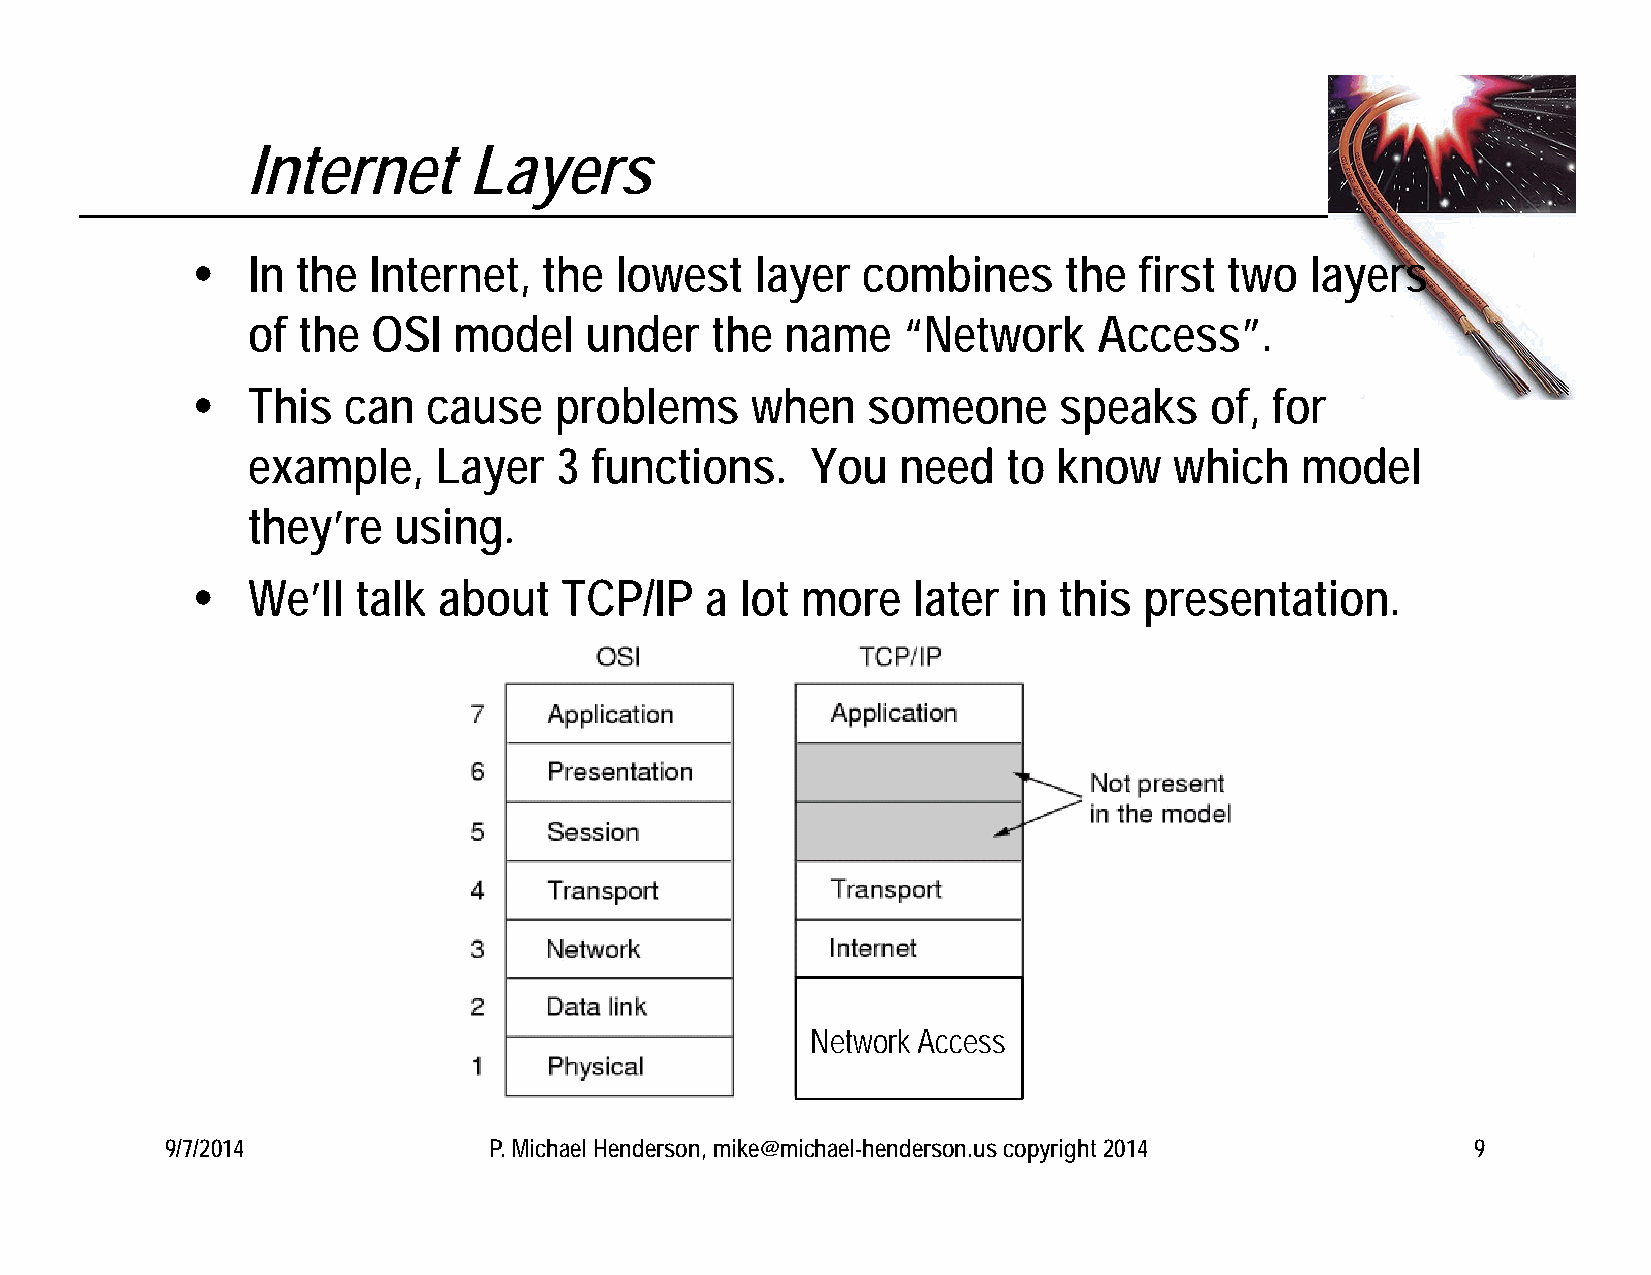
Internet       Layers
   In  the Internet,   the  lowest   layer  combines     the  first two   layers
 of  the  OSI  model    under   the  name    “Network     Access”.
   This   can  cause    problems     when   someone      speaks    of, for
 example,     Layer   3 functions.     You  need    to know    which   model
 they’re   using.
   We’ll   talk about   TCP/IP    a lot more   later  in this  presentation.
 Network Access
 9/7/2014             P. Michael Henderson, mike@michael-henderson.us copyright 2014    9